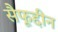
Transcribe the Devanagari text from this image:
सैफूद्दीन